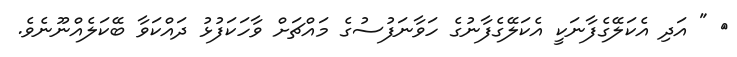
٤ " އަދި އެކަލޭގެފާނަކީ އެކަލޭގެފާނުގެ ހަވާނަފުސުގެ މައްޗަށް ވާހަކަފުޅު ދައްކަވާ ބޭކަލެއްނޫނެވެ.